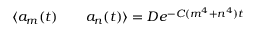
\begin{array} { r l r } { \langle a _ { m } ( t ) } & { { } } & { a _ { n } ( t ) \rangle = D e ^ { - C ( m ^ { 4 } + n ^ { 4 } ) t } } \end{array}